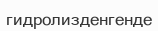
гидролизденгенде